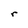
Character: r